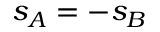
s _ { A } = - s _ { B }